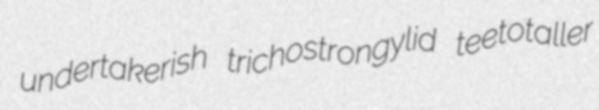
undertakerish trichostrongylid teetotaller